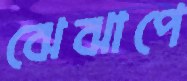
ঝেঝাপে